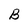
Character: B